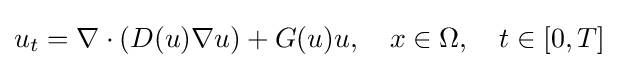
u_{t}=\nabla \cdot (D(u)\nabla u)+G(u)u,\quad x\in \Omega ,\quad t\in [0,T]